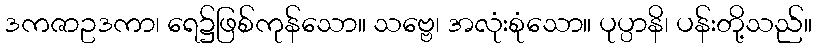
ဒကဇာဥဒကာ၊ ရေ၌ဖြစ်ကုန်သော။ သဗ္ဗေ၊ အလုံးစုံသော။ ပုပ္ပာနိ၊ ပန်းတို့သည်။